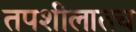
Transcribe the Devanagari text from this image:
तपशीलातच